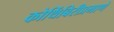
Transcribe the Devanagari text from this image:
कोथिंबिरीप्रमाणे